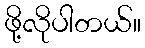
ဖို့လိုပါတယ်။